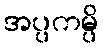
အပ္ပကမ္ပိ